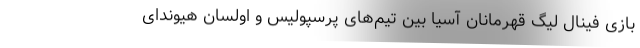
بازی فینال لیگ قهرمانان آسیا بین تیم‌های پرسپولیس و اولسان هیوندای